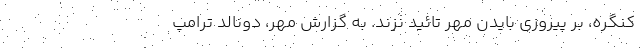
کنگره، بر پیروزی بایدن مُهر تائید نزند. به گزارش مهر، دونالد ترامپ